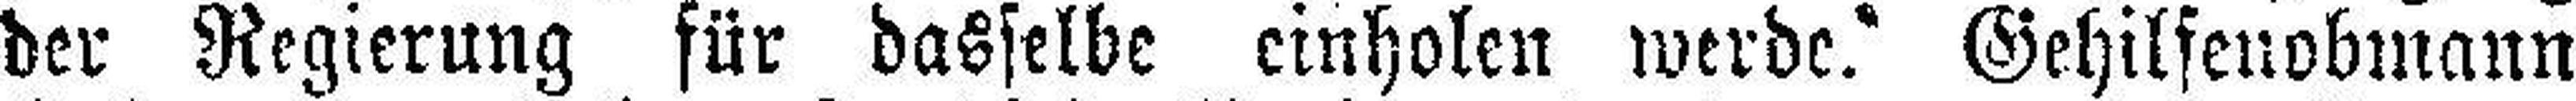
der Regierung für dasselbe einholen werde? Gehilfenobmann